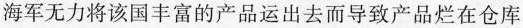
海军无力将该国丰富的产品运出去而导致产品烂在仓库